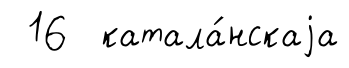
16 катала́нскаjа